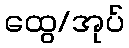
ထွေ/အုပ်